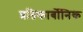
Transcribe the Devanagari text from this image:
प्रतिकार्बोनिक